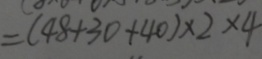
= ( 4 8 + 3 0 + 4 0 ) \times 2 \times 4